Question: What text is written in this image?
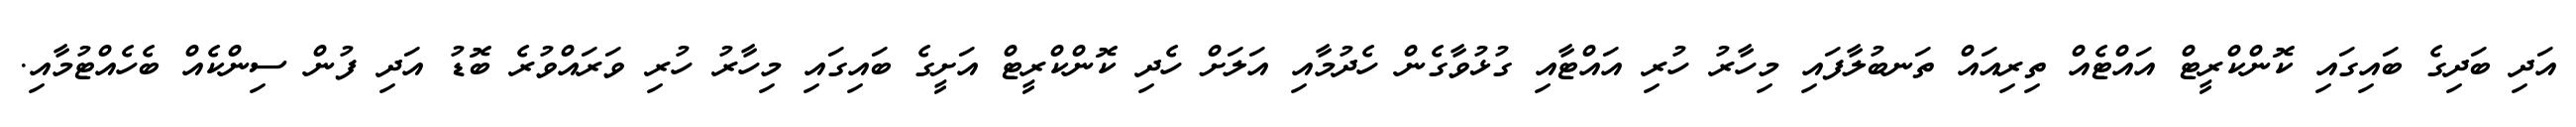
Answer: އަދި ބަދިގެ ބައިގައި ކޮންކްރީޓް އައްޓެއް ތިރިއައް ތަނބުލާފައި މިހާރު ހުރި އައްޓާއި ގުޅުވާގެން ހެދުމާއި އަލަށް ހެދި ކޮންކްރީޓް އަށީގެ ބައިގައި މިހާރު ހުރި ވަރައްވުރެ ބޮޑު އަދި ފުން ސިންކެއް ބެހެއްޓުމާއި.